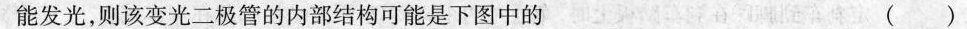
能发光，则该变光二极管的内部结构可能是下图中的 （ ）